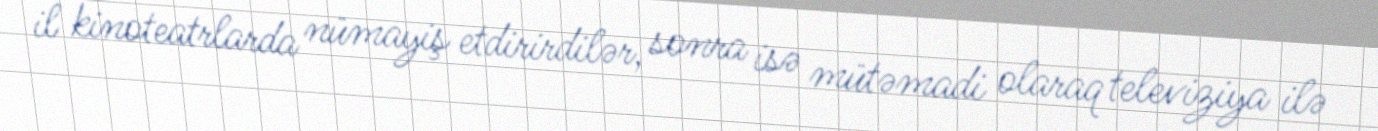
il kinoteatrlarda nümayiş etdirirdilər, sonra isə mütəmadi olaraq televiziya ilə